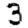
Digit: 3